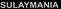
SULAYMANIA